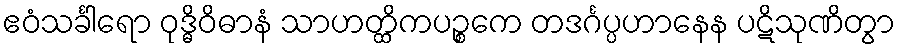
ဧဝံသင်္ခါရော ဝုဒ္ဓိဝိဓာနံ သာဟတ္ထိကပဉ္စကေ တဒင်္ဂပ္ပဟာနေန ပဋိသုဏိတွာ